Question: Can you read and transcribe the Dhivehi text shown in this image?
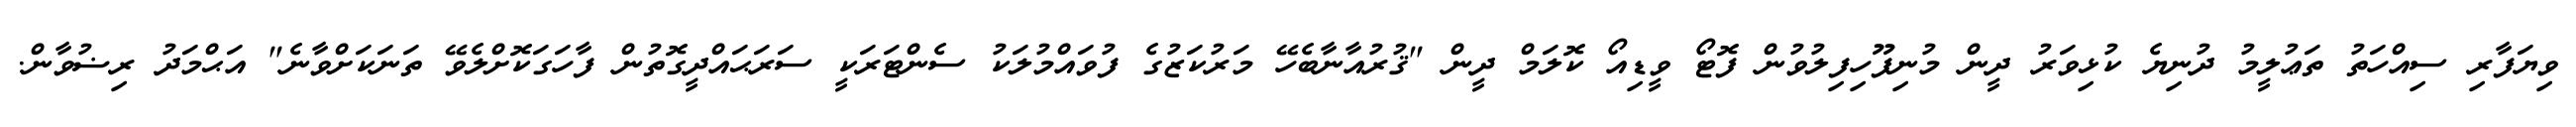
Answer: ވިޔަފާރި ސިއްހަތު ތަޢުލީމު ދުނިޔެ ކުޅިވަރު ދީން މުނިފޫހިފިލުވުން ފޮޓޯ ވީޑިއޯ ކޮލަމް ދީން "ޤުރުއާނާބެހޭ މަރުކަޒުގެ ފުވައްމުލަކު ސެންޓަރަކީ ސަރަޙައްދީގޮތުން ފާހަގަކޮށްލެވޭ ތަނަކަށްވާނެ" އަޙްމަދު ރިޟުވާން.